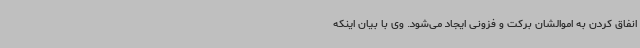
انفاق کردن به اموالشان برکت و فزونی ایجاد می‌شود. وی با بیان اینکه